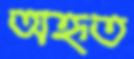
অহৃত